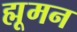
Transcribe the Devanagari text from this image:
ह्मूमन